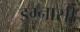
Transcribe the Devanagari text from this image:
इग्नासी